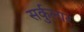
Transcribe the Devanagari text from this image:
सर्कुलार